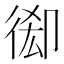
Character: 𢔘